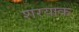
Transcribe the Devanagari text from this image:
शरयाक